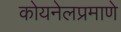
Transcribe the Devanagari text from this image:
कोयनेलप्रमाणे